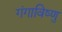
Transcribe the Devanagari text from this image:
गंगाविष्णु